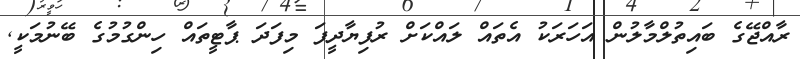
ރާއްޖޭގެ ބައިތުލްމާލުން އަހަރަކު އެތައް ލައްކަށް ރުފިޔާދީފަ މިފަދަ ޕާޓީތައް ހިންގުމުގެ ބޭނުމަކީ